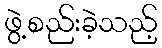
ဖွဲ့စည်းခဲ့သည့်